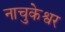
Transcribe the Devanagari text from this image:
नाचुकेश्वर